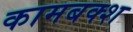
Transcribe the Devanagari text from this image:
कामबक्श